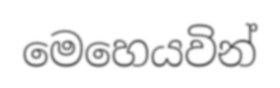
මෙහෙයවින්